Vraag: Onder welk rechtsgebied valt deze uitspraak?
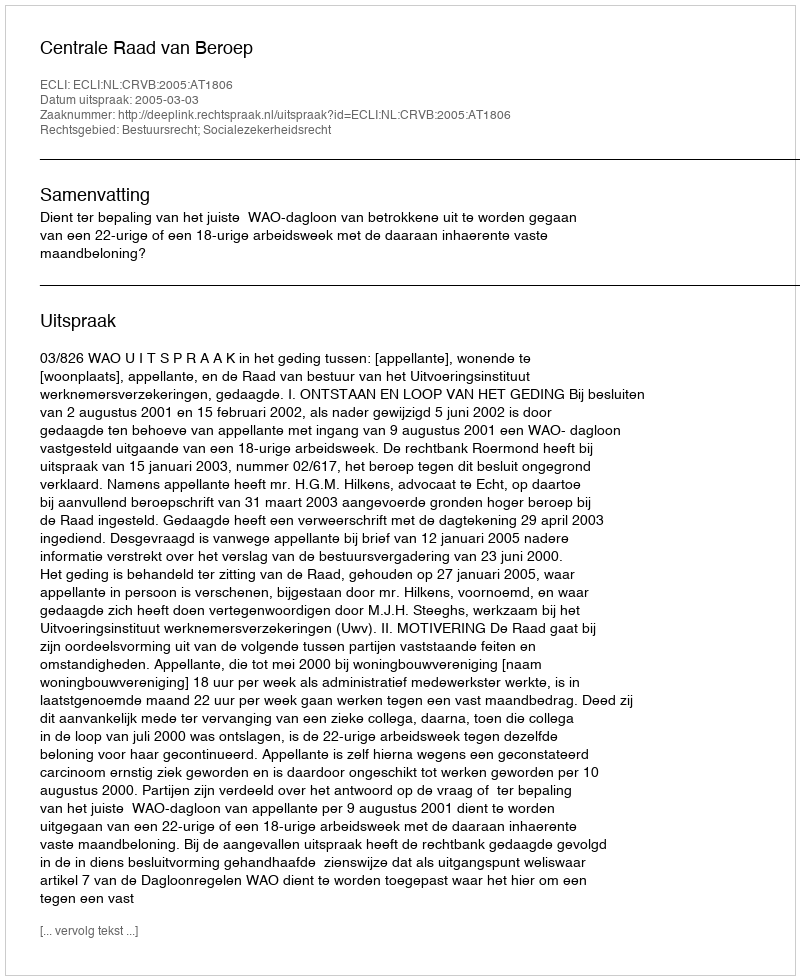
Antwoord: Bestuursrecht; Socialezekerheidsrecht